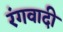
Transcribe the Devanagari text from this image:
रंगवादी